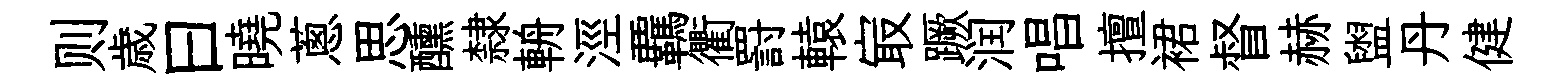
则歳曰曉蔥思醺隸輈涇覊衢罸轅㝡蹶润唱擅裙督赫盥丹健